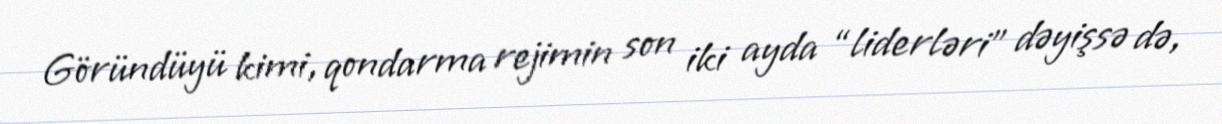
Göründüyü kimi, qondarma rejimin son iki ayda “liderləri” dəyişsə də,